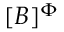
[ B ] ^ { \Phi }